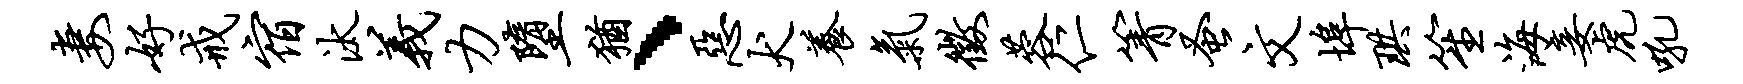
妻好戒宿汰义力堕犹、恶犬养气征蓉仁箐蚤文埠珙笙海妾虎吼